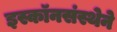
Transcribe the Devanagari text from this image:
इस्कॉनसंस्थेने